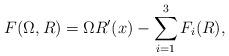
LaTeX: \begin{align*}F(\Omega,R) = \Omega R'(x) - \sum_{i=1}^{3} F_{i}(R),\end{align*}